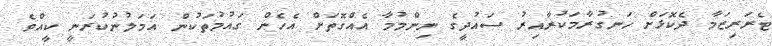
ޓެރަރިޒަމާ ދެކޮޅަށް ހަނގުރާމަކުރާއިރު ސައުދީގެ ނިންމުމާ އެއްގޮތަށް އެހެން ގައުމުތަކުން އަމަލުނުކުރަނީ ކީއްވެ